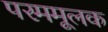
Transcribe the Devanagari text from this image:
परममूलक